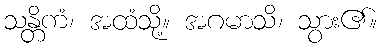
သန္တိကံ၊ အထံသို့။ အဂမာသိ၊ သွား၏။